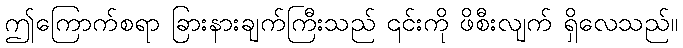
ဤကြောက်စရာ ခြားနားချက်ကြီးသည် ၎င်းကို ဖိစီးလျက် ရှိလေသည်။